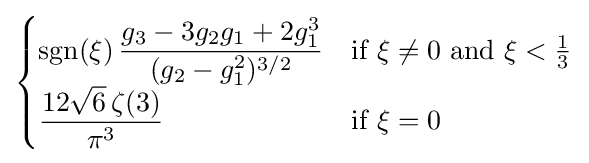
{\begin{cases}\operatorname {sgn}(\xi )\,{\dfrac {g_{3}-3g_{2}g_{1}+2g_{1}^{3}}{(g_{2}-g_{1}^{2})^{3/2}}}&{\text{if }}\xi \neq 0{\text{ and }}\xi <{\tfrac {1}{3}}\\{\dfrac {12{\sqrt {6}}\,\zeta (3)}{\pi ^{3}}}&{\text{if }}\xi =0\end{cases}}